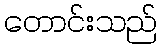
တောင်းသည်